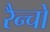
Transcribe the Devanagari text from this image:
रैन्चो